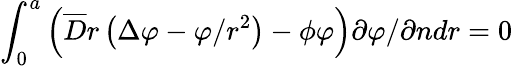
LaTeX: \int_{0}^{a}\left(\overline{{D}}r\left(\Delta\varphi-{\varphi}/{r^{2}}\right)-\phi\varphi\right){\partial\varphi}/{\partial n}dr=0